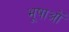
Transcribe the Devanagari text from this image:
भूषाओं